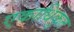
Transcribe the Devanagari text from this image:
एकाधिकृत